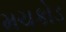
મચકોડ